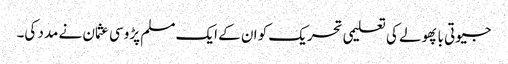
جیوتی با پھولے کی تعلیمی تحریک کو ان کے ایک مسلم پڑوسی عثمان نے مدد کی۔